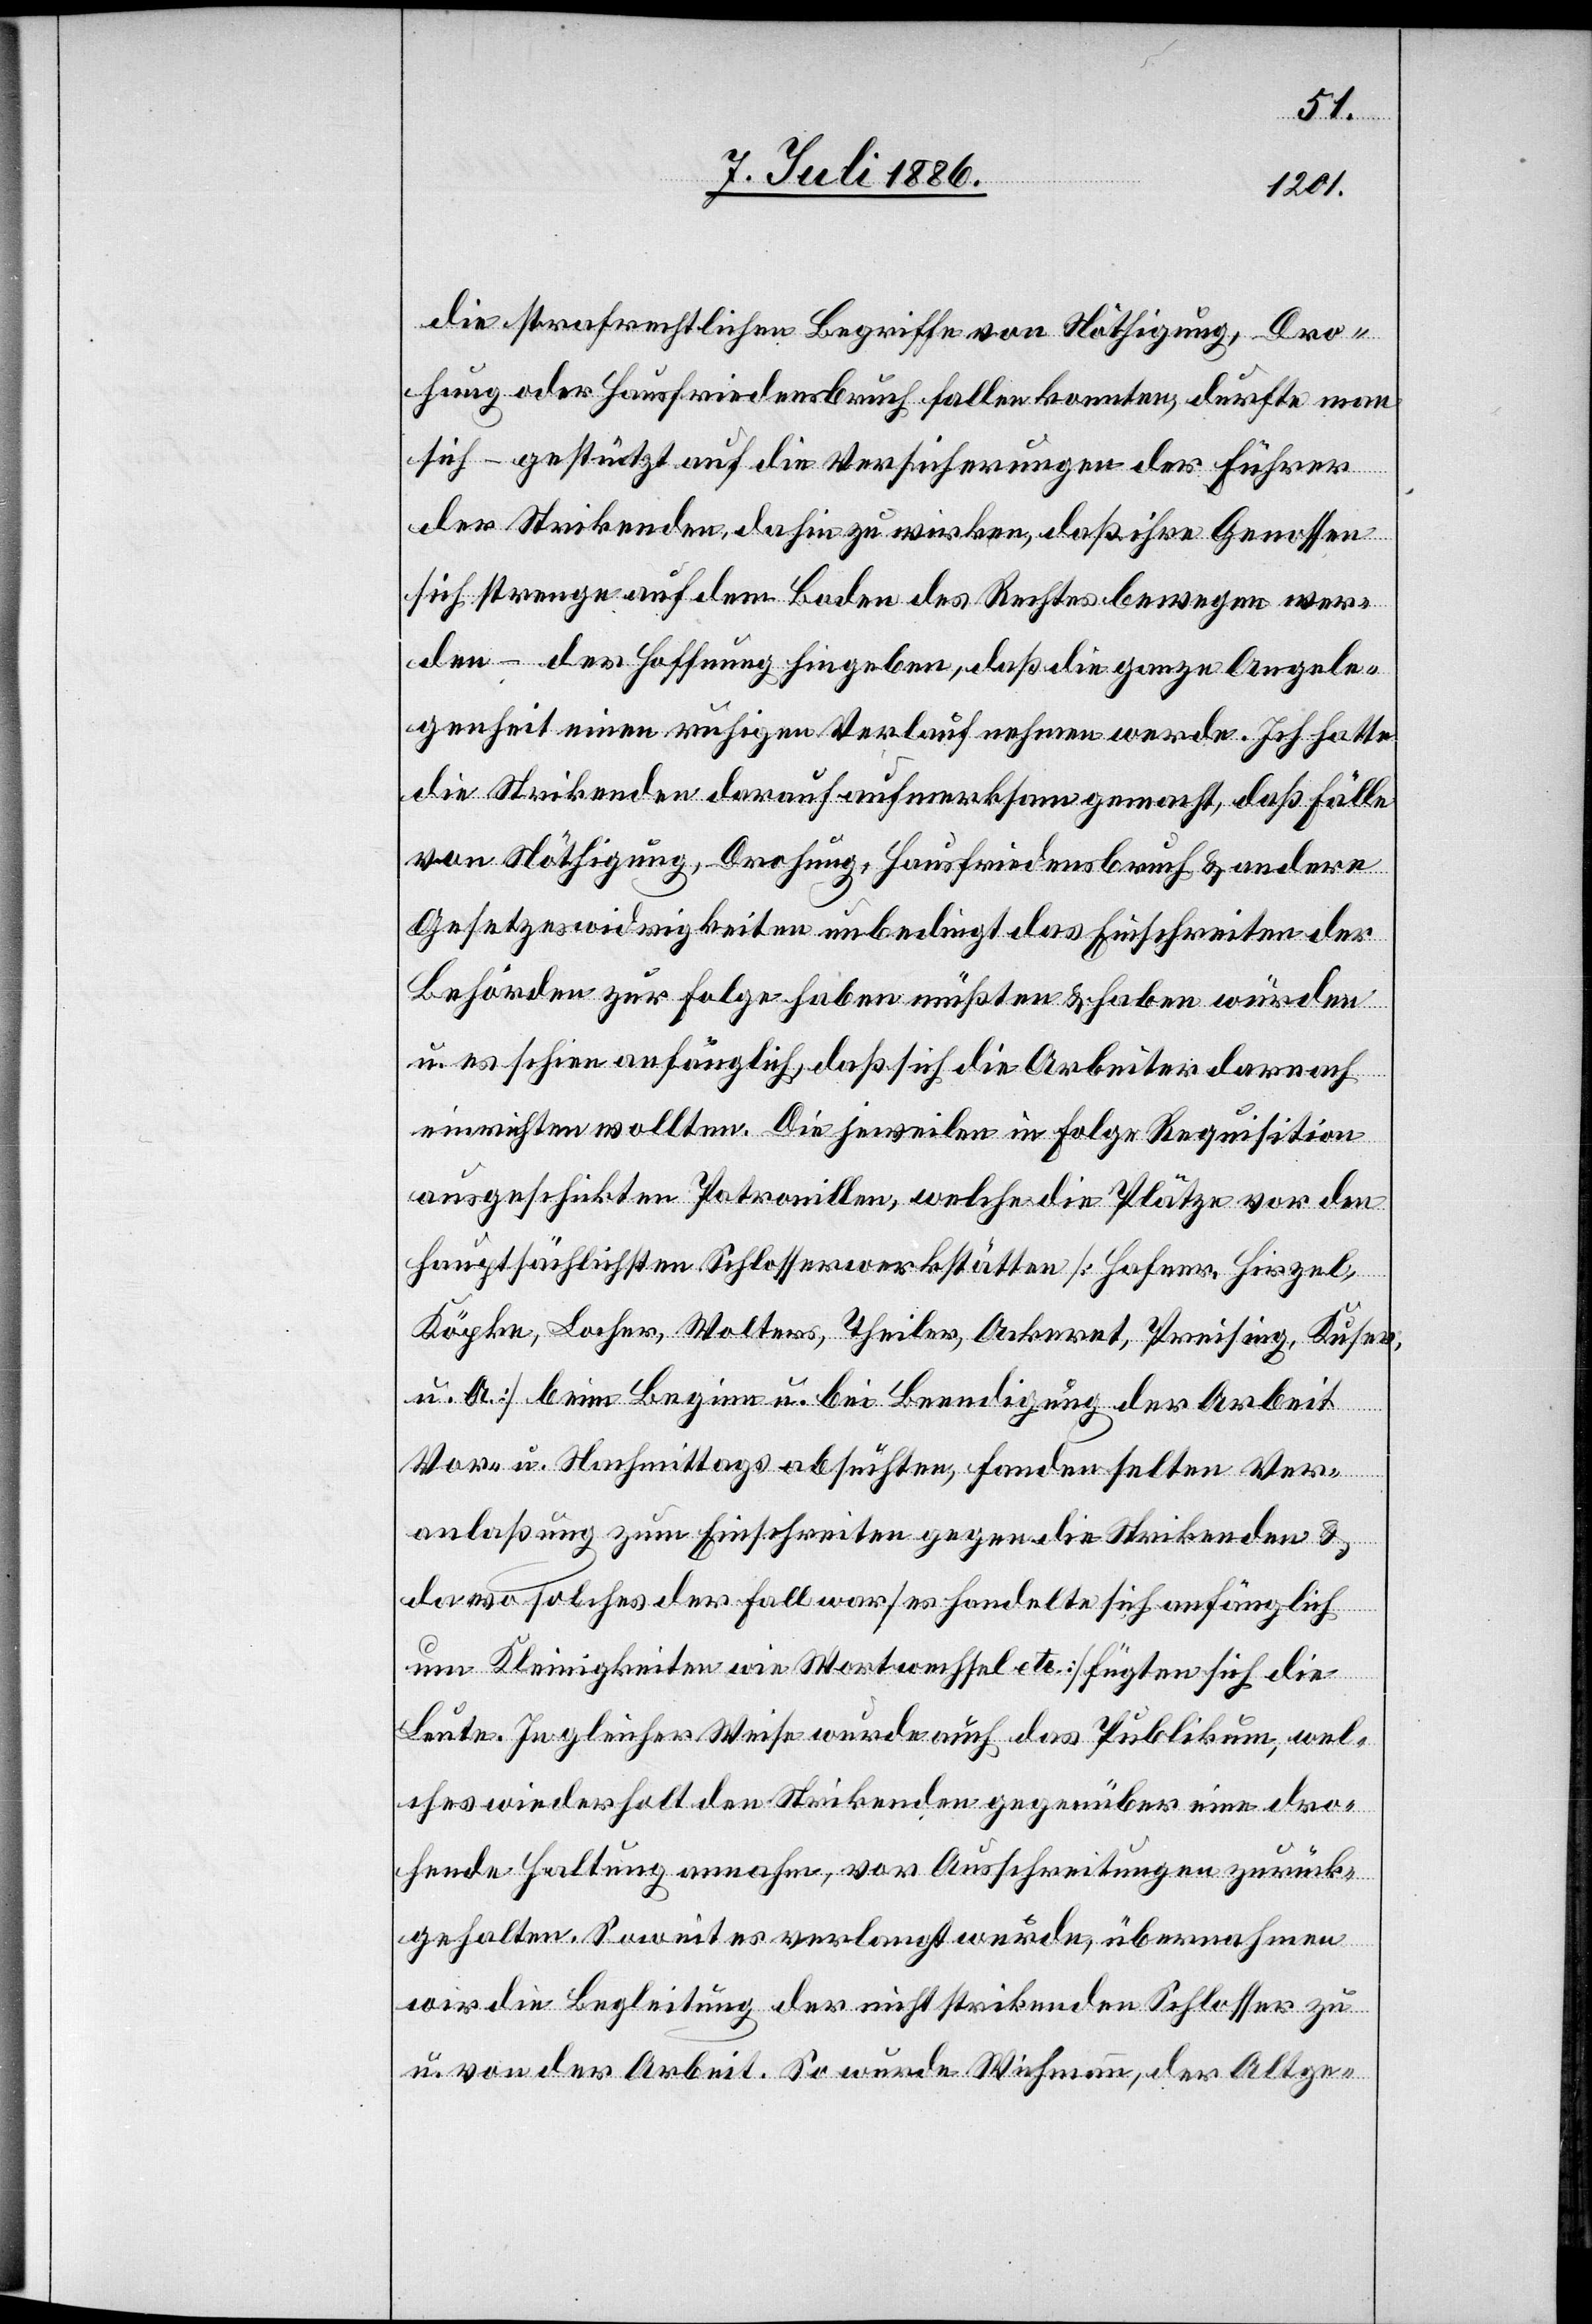
die strafrechtlichen Begriffe von Nöthigung, Dro¬
hung oder Hausfriedensbruch fallen konnten, durfte man
sich – gestützt auf die Versicherungen der Führer
der Strikenden, dahin zu wirken, daß ihre Genossen
sich strenge auf dem Boden des Rechtes bewegen wer¬
den – der Hoffnung hingeben, daß die ganze Angele¬
genheit einen ruhigen Verlauf nehmen werde. Ich hatte
die Strikenden darauf aufmerksam gemacht, daß Fälle
von Nöthigung, Drohung, Hausfriedensbruch & andere
Gesetzeswidrigkeiten unbedingt das Einschreiten der
Behörden zur Folge haben müßten & haben würden
u. es schien anfänglich, daß sich die Arbeiter darauf
einrichten wollten. Die jeweilen in Folge Requisition
ausgeschickten Patrouillen, welche die Plätze vor den
hauptsächlichsten Schlosserwerkstätten [Hafner, Hirzel,
Köpfke, Locher, Wolters, Theiler, Ackeret, Preising, Kufer,
u. A.] beim Beginn u. bei Beendigung der Arbeit
Vor- u. Nachmittags absuchten, fanden selten Ver¬
anlaßung zum Einschreiten gegen die Strikenden &
da wo solches der Fall war [es handelte sich anfänglich
um Kleinigkeiten wie Wortwechsel etc.] fügten sich die
Leute. In gleicher Weise wurde auch das Publikum, wel¬
ches wiederholt den Strikenden gegenüber eine dro¬
hende Haltung annahm, vor Ausschreitungen zurück¬
gehalten. Soweit es verlangt wurde, übernahmen
wir die Begleitung der nicht strikenden Schlosser zu
u. von der Arbeit. So wurde Wichmann, der Altge-